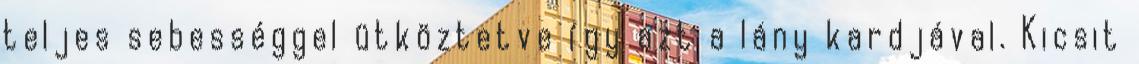
teljes sebességgel ütköztetve így azt a lány kardjával. Kicsit